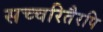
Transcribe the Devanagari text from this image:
सच्चरितैरपि